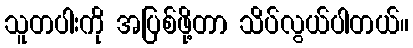
သူတပါးကို အပြစ်ဖို့တာ သိပ်လွယ်ပါတယ်။